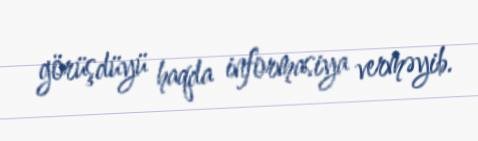
görüşdüyü haqda informasiya verməyib.